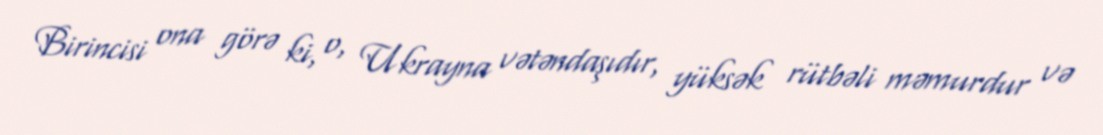
Birincisi ona görə ki, o, Ukrayna vətəndaşıdır, yüksək rütbəli məmurdur və